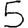
Digit: 5